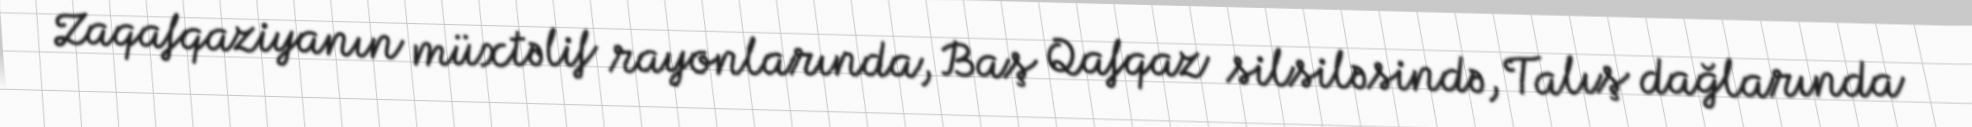
Zaqafqaziyanın müxtəlif rayonlarında, Baş Qafqaz silsiləsində, Talış dağlarında